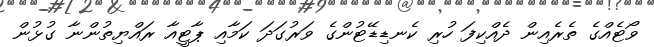
ވޯޓެއްގެ ތެރެއިން ދެއްކިފަ ހުރި ކެނޑިޑޭޓުންގެ ވަރުގަދަ ކަމާއި ޕާޓީއާ ރައްޔިތުންނާ ގުޅުން